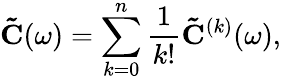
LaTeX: \mathbf{\tilde{C}}(\omega)=\sum_{k=0}^{n}\frac{1}{k!}\mathbf{\tilde{C}}^{(k)}(\omega),